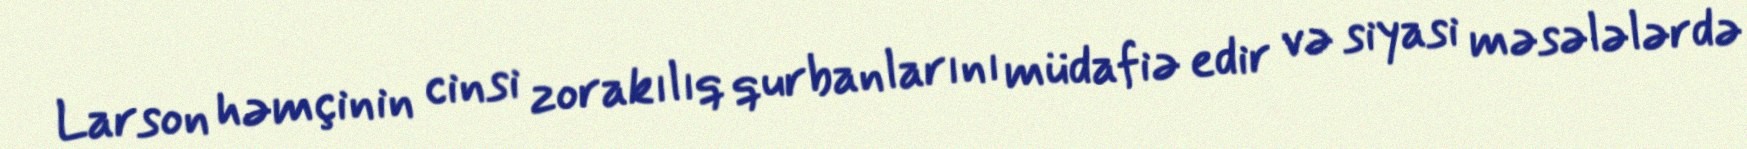
Larson həmçinin cinsi zorakılıq qurbanlarını müdafiə edir və siyasi məsələlərdə